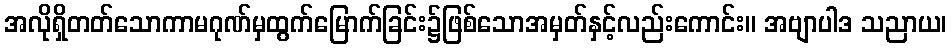
အလိုရှိတတ်သောကာမဂုဏ်မှထွက်မြောက်ခြင်း၌ဖြစ်သောအမှတ်နှင့်လည်းကောင်း။ အဗျာပါဒ သညာယ၊